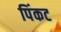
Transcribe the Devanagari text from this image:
पिंकट